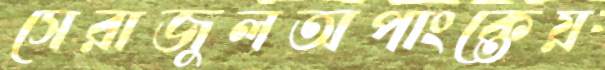
সেরাজুলঅপাংক্তেয়